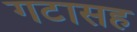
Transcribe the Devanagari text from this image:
गटासह